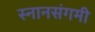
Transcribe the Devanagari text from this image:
स्नानसंगमी